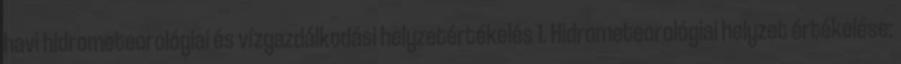
havi hidrometeorológiai és vízgazdálkodási helyzetértékelés 1. Hidrometeorológiai helyzet értékelése: